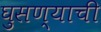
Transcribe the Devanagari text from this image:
घुसण्याची